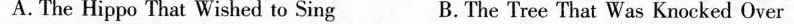
A.The Hip po That Wished to Sing B. The Tree That Was Knocked Over